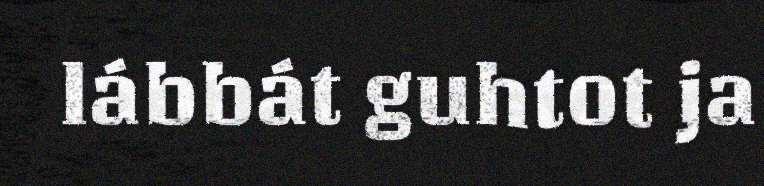
lábbát guhtot ja